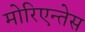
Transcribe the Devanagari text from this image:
मोरिएन्तेस